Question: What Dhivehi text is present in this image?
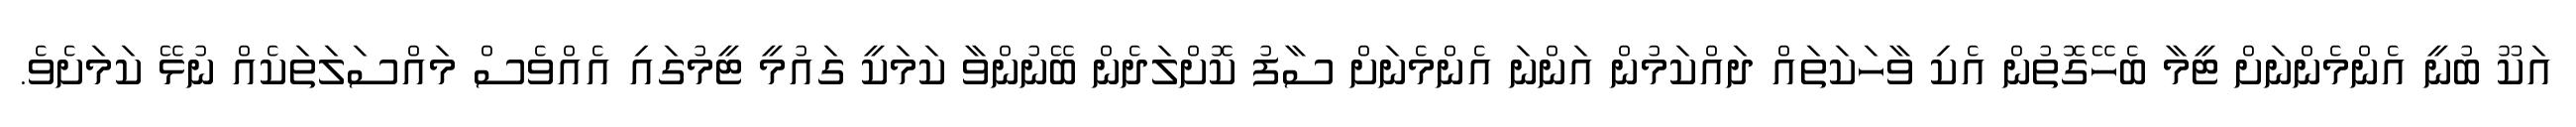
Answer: އަކޫ ބުނީ އެންމެންނަށް ޓީމާ ބެހޭގޮތުން އެކި ވާހަކަތައް ދައްކަމުން އަންނަ އެންމެނަށް ސާފު ކޮށްލަދެން ބޭނުންވާ ކަމަކީ ގައުމީ ޓީމުގައި އެއްވެސް މައްސަލަތަކެއް ނުޅޭ ކަމަށެވެ.